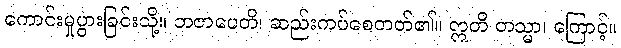
ကောင်းမှုပွားခြင်းသို့။ ဘဇာပေတိ၊ ဆည်းကပ်စေတတ်၏။ ဣတိ တသ္မာ၊ ကြောင့်။